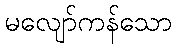
မလျော်ကန်သော